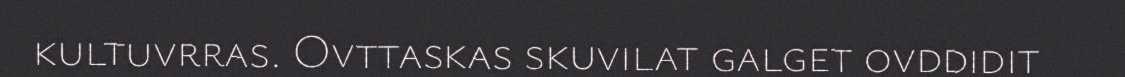
kultuvrras. Ovttaskas skuvilat galget ovddidit